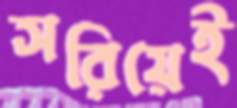
সরিয়েই